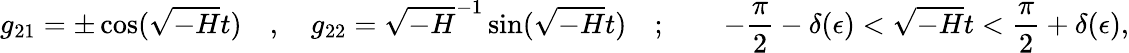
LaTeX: g_{21}=\pm\cos(\sqrt{-H}t)\quad,\quad g_{22}=\sqrt{-H}^{-1}\sin(\sqrt{-H}t)\quad;\qquad-\frac{\pi}{2}-\delta(\epsilon)<\sqrt{-H}t<\frac{\pi}{2}+\delta(\epsilon),